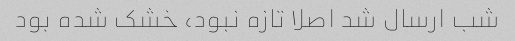
شب ارسال شد اصلا تازه نبود، خشک شده بود